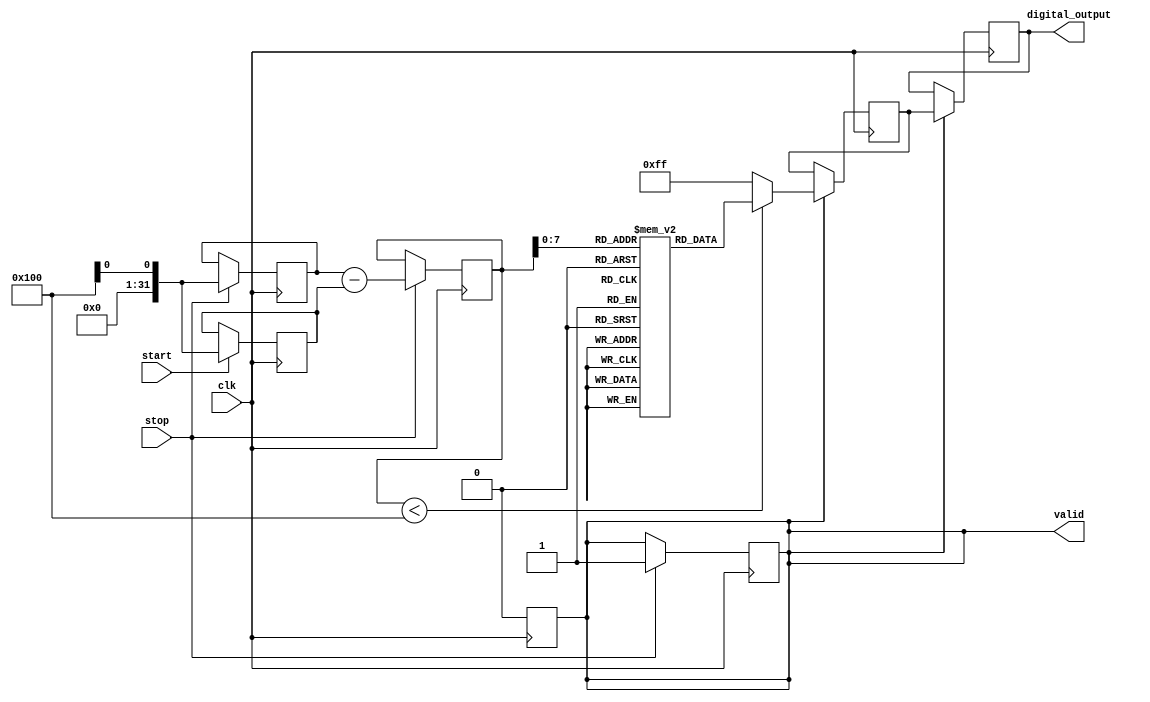
module LogarithmicTDC (
    input wire clk,           // High-frequency clock
    input wire start,         // Start signal
    input wire stop,          // Stop signal
    output reg [15:0] digital_output, // Digital output (16-bit)
    output reg valid          // Output valid signal
);

    reg [31:0] start_time;    // Start timestamp
    reg [31:0] stop_time;     // Stop timestamp
    reg [31:0] time_interval;  // Time interval
    reg [15:0] log_value;      // Logarithmic value

    // Logarithmic lookup table (example values)
    reg [15:0] log_lut [0:255]; // LUT for logarithmic scaling

    initial begin
        // Initialize the logarithmic lookup table with example values
        // This should be filled with actual logarithmic values
        log_lut[0] = 16'h0000; // log(1)
        log_lut[1] = 16'h0001; // log(2)
        log_lut[2] = 16'h0002; // log(3)
        // ... Fill in the rest of the LUT
        log_lut[255] = 16'h00FF; // log(256)
    end

    // Input stage: Capture start and stop timestamps
    always @(posedge clk) begin
        if (start) begin
            start_time <= $time; // Capture start time
        end
        if (stop) begin
            stop_time <= $time; // Capture stop time
            time_interval <= stop_time - start_time; // Calculate time interval
            valid <= 1'b1; // Set valid signal
        end
    end

    // Logarithmic arithmetic block
    always @(posedge clk) begin
        if (valid) begin
            // Simple logarithmic scaling using LUT
            if (time_interval < 256) begin
                log_value <= log_lut[time_interval]; // Get log value from LUT
            end else begin
                log_value <= 16'h00FF; // Saturate if out of LUT range
            end
            digital_output <= log_value; // Output the logarithmic value
            valid <= 1'b0; // Reset valid signal
        end
    end

endmodule